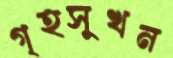
গৃহসুখন